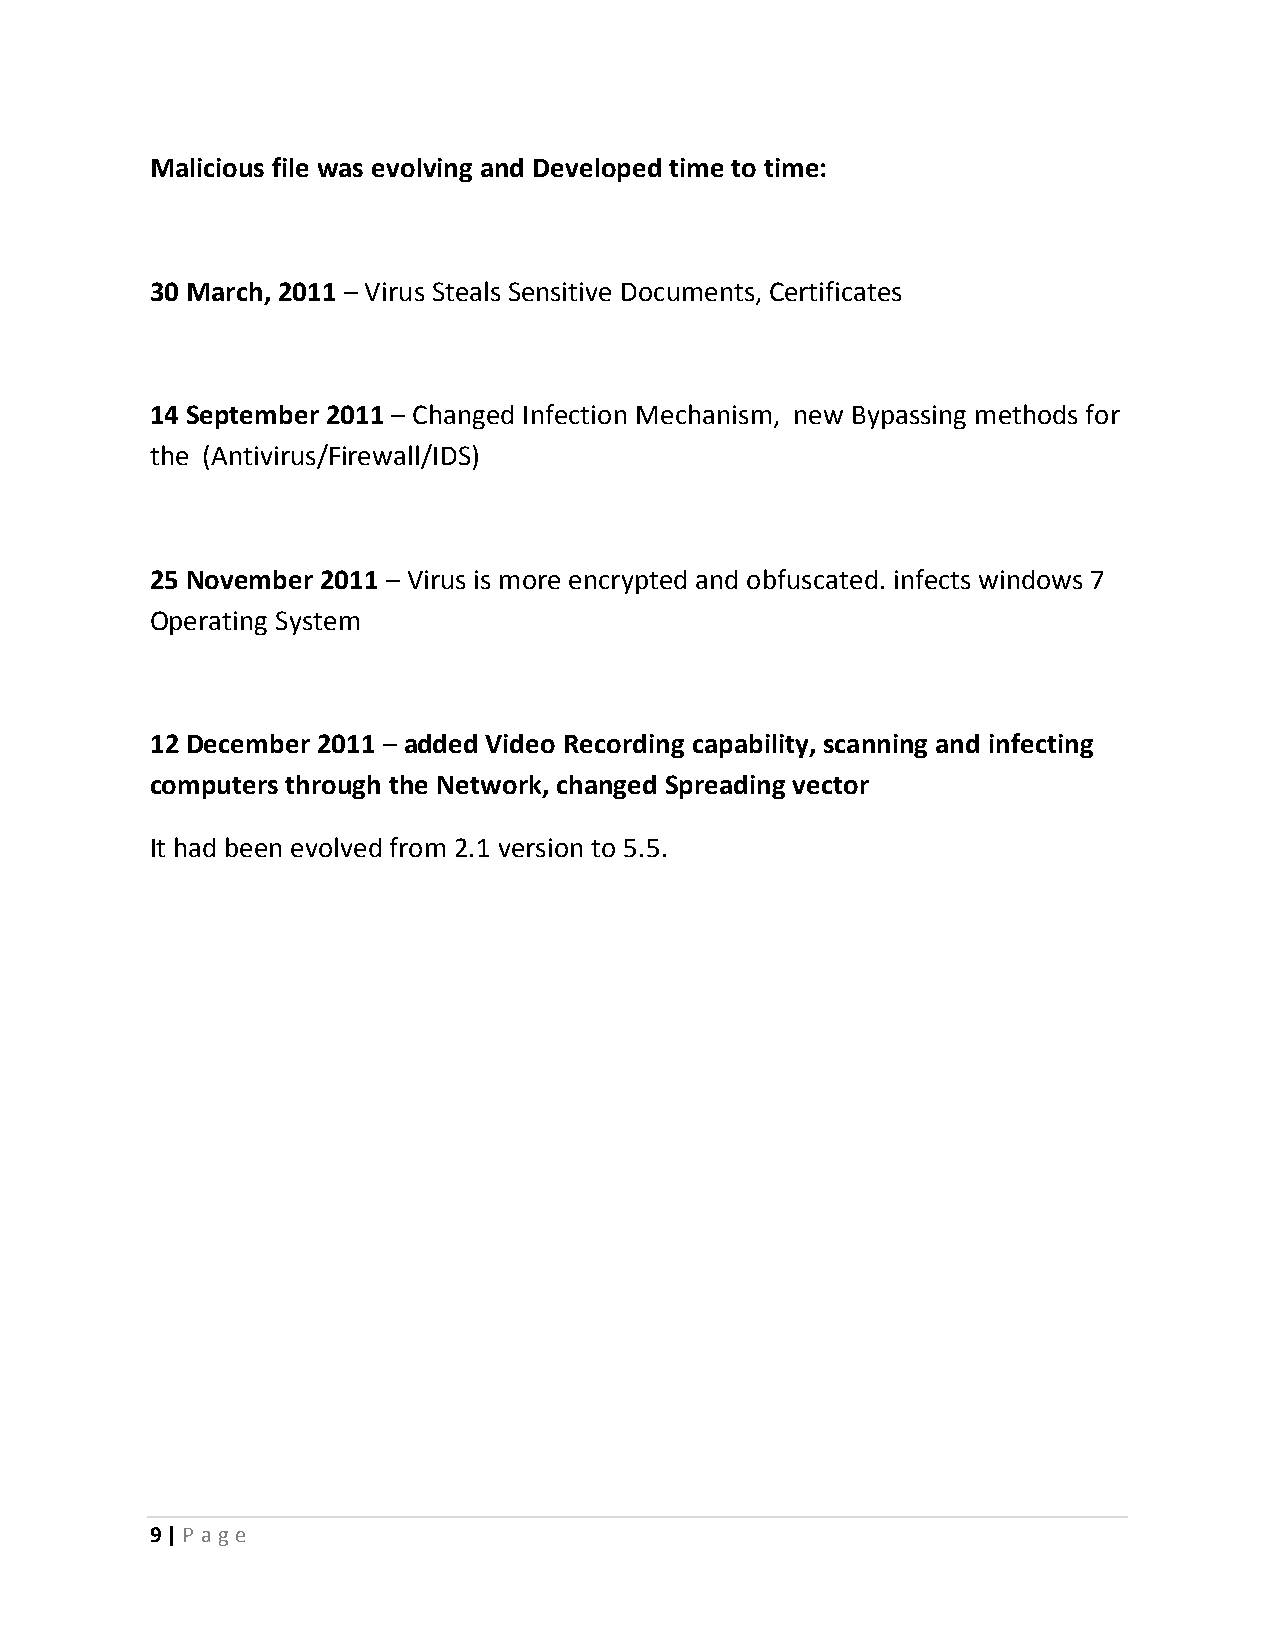
Malicious file was evolving and Developed time to time:
 30 March, 2011 – Virus Steals Sensitive Documents, Certificates
 14 September 2011 – Changed Infection Mechanism, new Bypassing methods for
 the (Antivirus/Firewall/IDS)
 25 November 2011 – Virus is more encrypted and obfuscated. infects windows 7
 Operating System
 12 December 2011 – added Video Recording capability, scanning and infecting
 computers through the Network, changed Spreading vector
 It had been evolved from 2.1 version to 5.5.
 9 | P ag e